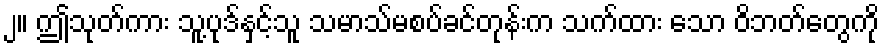
၂။ ဤသုတ်ကား သူ့ပုဒ်နှင့်သူ သမာသ်မစပ်ခင်တုန်းက သက်ထား သော ဝိဘတ်တွေကို